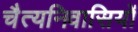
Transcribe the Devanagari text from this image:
चैत्यनिवासियों